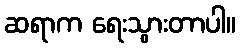
ဆရာက ရေးသွားတာပါ။